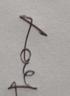
Signature authenticity: genuine